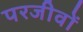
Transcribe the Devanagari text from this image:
परजीवों